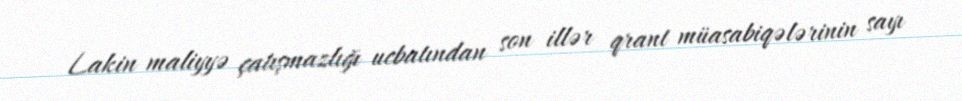
Lakin maliyyə çatışmazlığı ucbatından son illər qrant müasabiqələrinin sayı